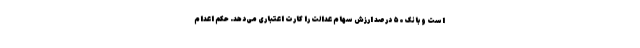
است و بانک ۵۰ درصد ارزش سهام عدالت را کارت اعتباری می‌دهد. حکم اعدام